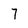
Character: 7